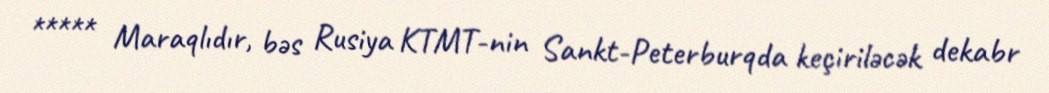
***** Maraqlıdır, bəs Rusiya KTMT-nin Sankt-Peterburqda keçiriləcək dekabr